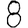
Digit: 8